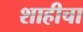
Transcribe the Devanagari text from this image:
शाहीचा